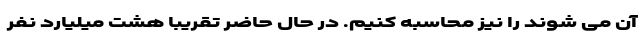
آن می شوند را نیز محاسبه کنیم. در حال حاضر تقریبا هشت میلیارد نفر